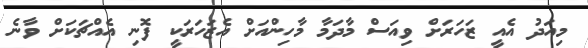
މިއަދު އެއީ ޒަހަރަށް ވިއަސް މާދަމާ މާހިންއަށް އެޒަހަރަކީ ފޮނި އެއްޗަކަށް ވާނެ